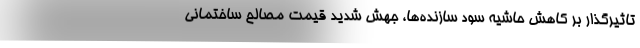
تاثیرگذار بر کاهش حاشیه سود سازنده‌ها، جهش شدید قیمت مصالح ساختمانی